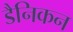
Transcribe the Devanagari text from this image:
डैनिकन